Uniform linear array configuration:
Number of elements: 32
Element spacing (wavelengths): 0.75
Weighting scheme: hamming
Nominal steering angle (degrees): -15
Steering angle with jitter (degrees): -13.72
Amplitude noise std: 0.05
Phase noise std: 0.05

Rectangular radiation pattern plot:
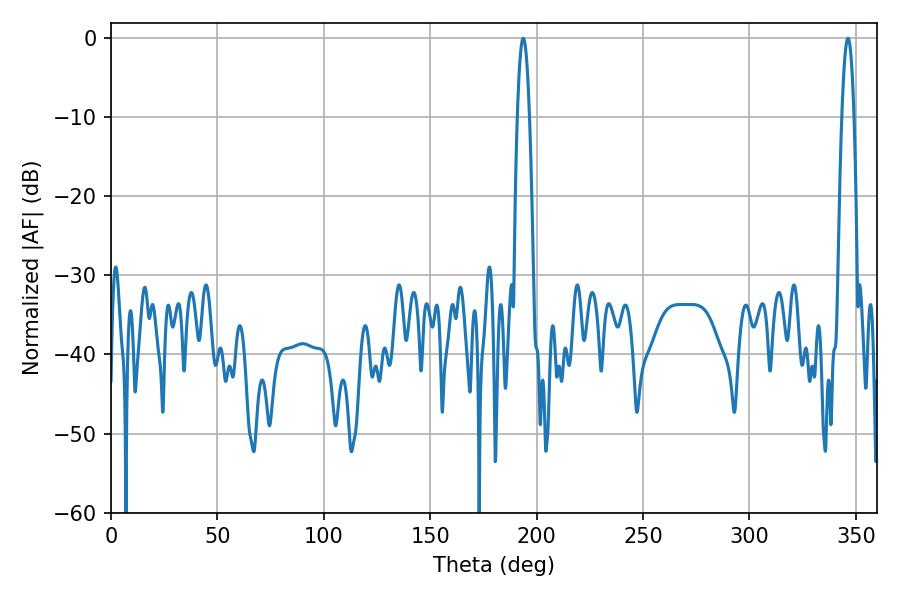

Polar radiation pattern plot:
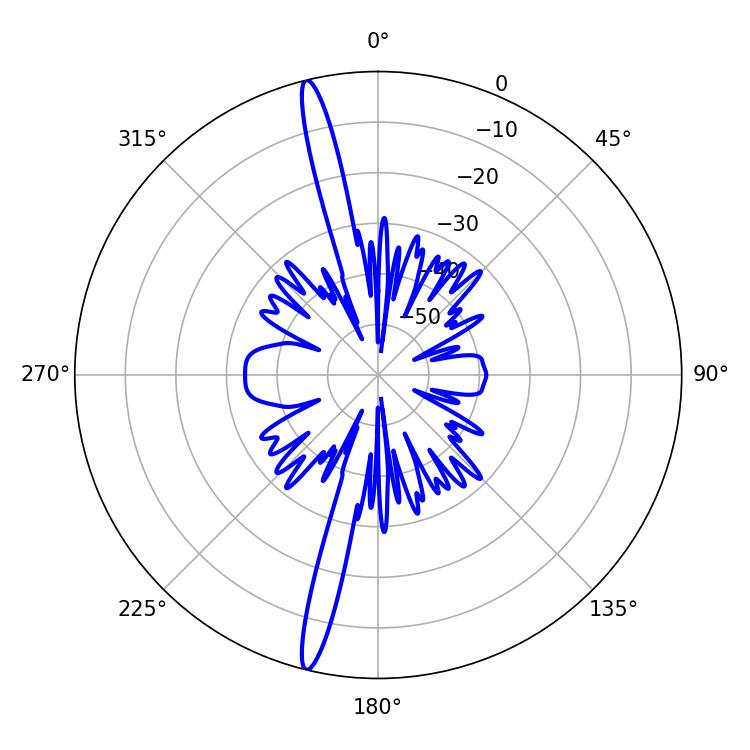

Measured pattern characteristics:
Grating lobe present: TRUE
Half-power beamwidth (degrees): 3.06
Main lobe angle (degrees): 193.68